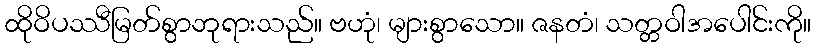
ထိုဝိပဿီမြတ်စွာဘုရားသည်။ ဗဟုံ၊ များစွာသော။ ဇနတံ၊ သတ္တဝါအပေါင်းကို။